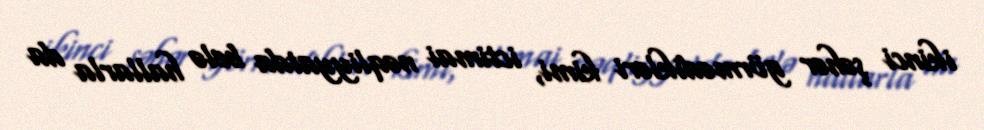
ikinci şəhər görmədikləri kimi, ictimai nəqliyyatda belə hallarla da